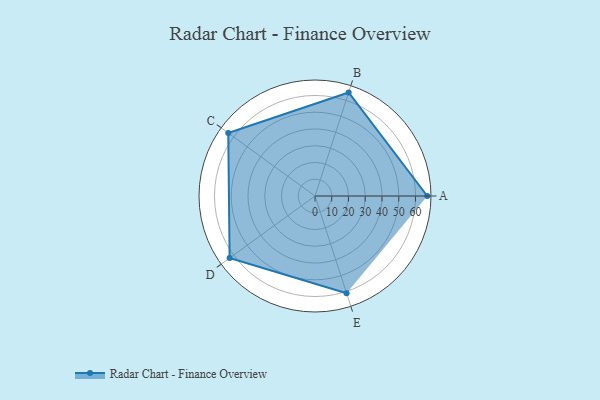
{"axis": {"x": "Skill", "y": "Score"}, "legend": ["Profile"], "data": [{"x": "A", "y": 67.0, "type": "Profile"}, {"x": "B", "y": 65.0, "type": "Profile"}, {"x": "C", "y": 64.0, "type": "Profile"}, {"x": "D", "y": 63.0, "type": "Profile"}, {"x": "E", "y": 61.0, "type": "Profile"}]}